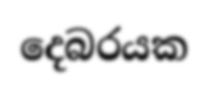
දෙබරයක